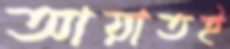
আয়াতই